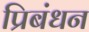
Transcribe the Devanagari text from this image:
प्रिबंधन